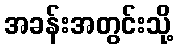
အခန်းအတွင်းသို့